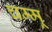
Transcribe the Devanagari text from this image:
चम्मू